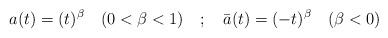
LaTeX: \begin{align*}a(t) = (t)^{\beta} \quad (0 <\beta < 1) \quad ; \quad \bar a(t)=(-t)^{\beta} \quad (\beta <0)\end{align*}